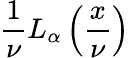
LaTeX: {\frac{1}{\nu}}L_{\alpha}\left({\frac{x}{\nu}}\right)